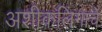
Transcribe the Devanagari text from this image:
अशीकलिंगाचे